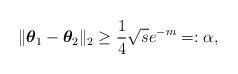
LaTeX: \begin{align*}\|\boldsymbol{\theta}_1-\boldsymbol{\theta}_2\|_2 \geq \frac{1}{4} \sqrt{s} e^{-m} =: \alpha,\end{align*}